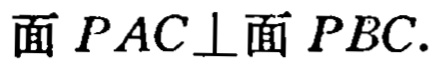
面 \(PAC\perp\)面 \(PBC\).